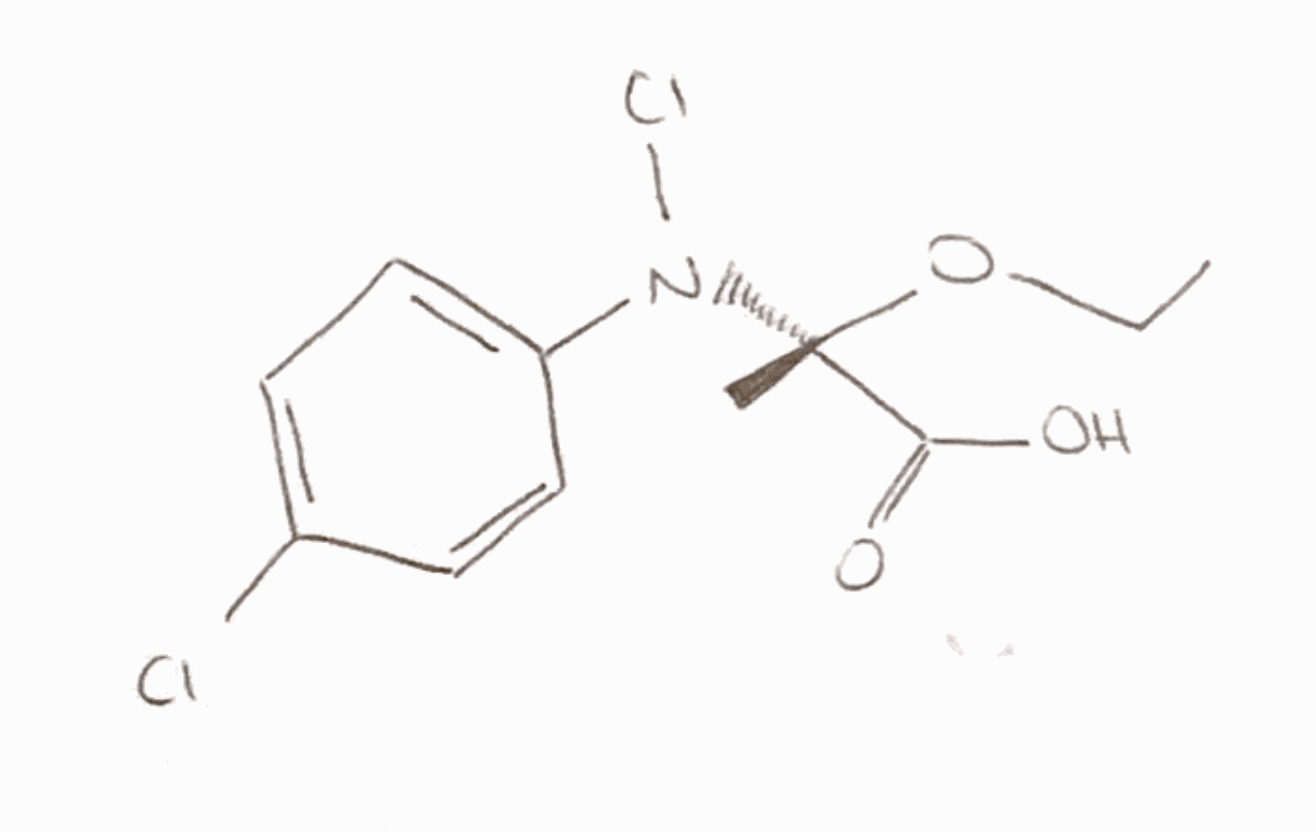
Simplified molecular-input line-entry system (SMILES) notation of the given molecule:
CCO[C@](C)(C(=O)O)N(C1=CC=C(C=C1)Cl)Cl